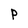
Character: P